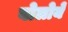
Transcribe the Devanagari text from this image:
बोलोये